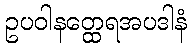
ဥပဝါနတ္ထေရအပဒါနံ